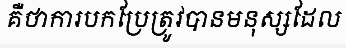
គឺថាការបកប្រែត្រូវបានមនុស្សដែល